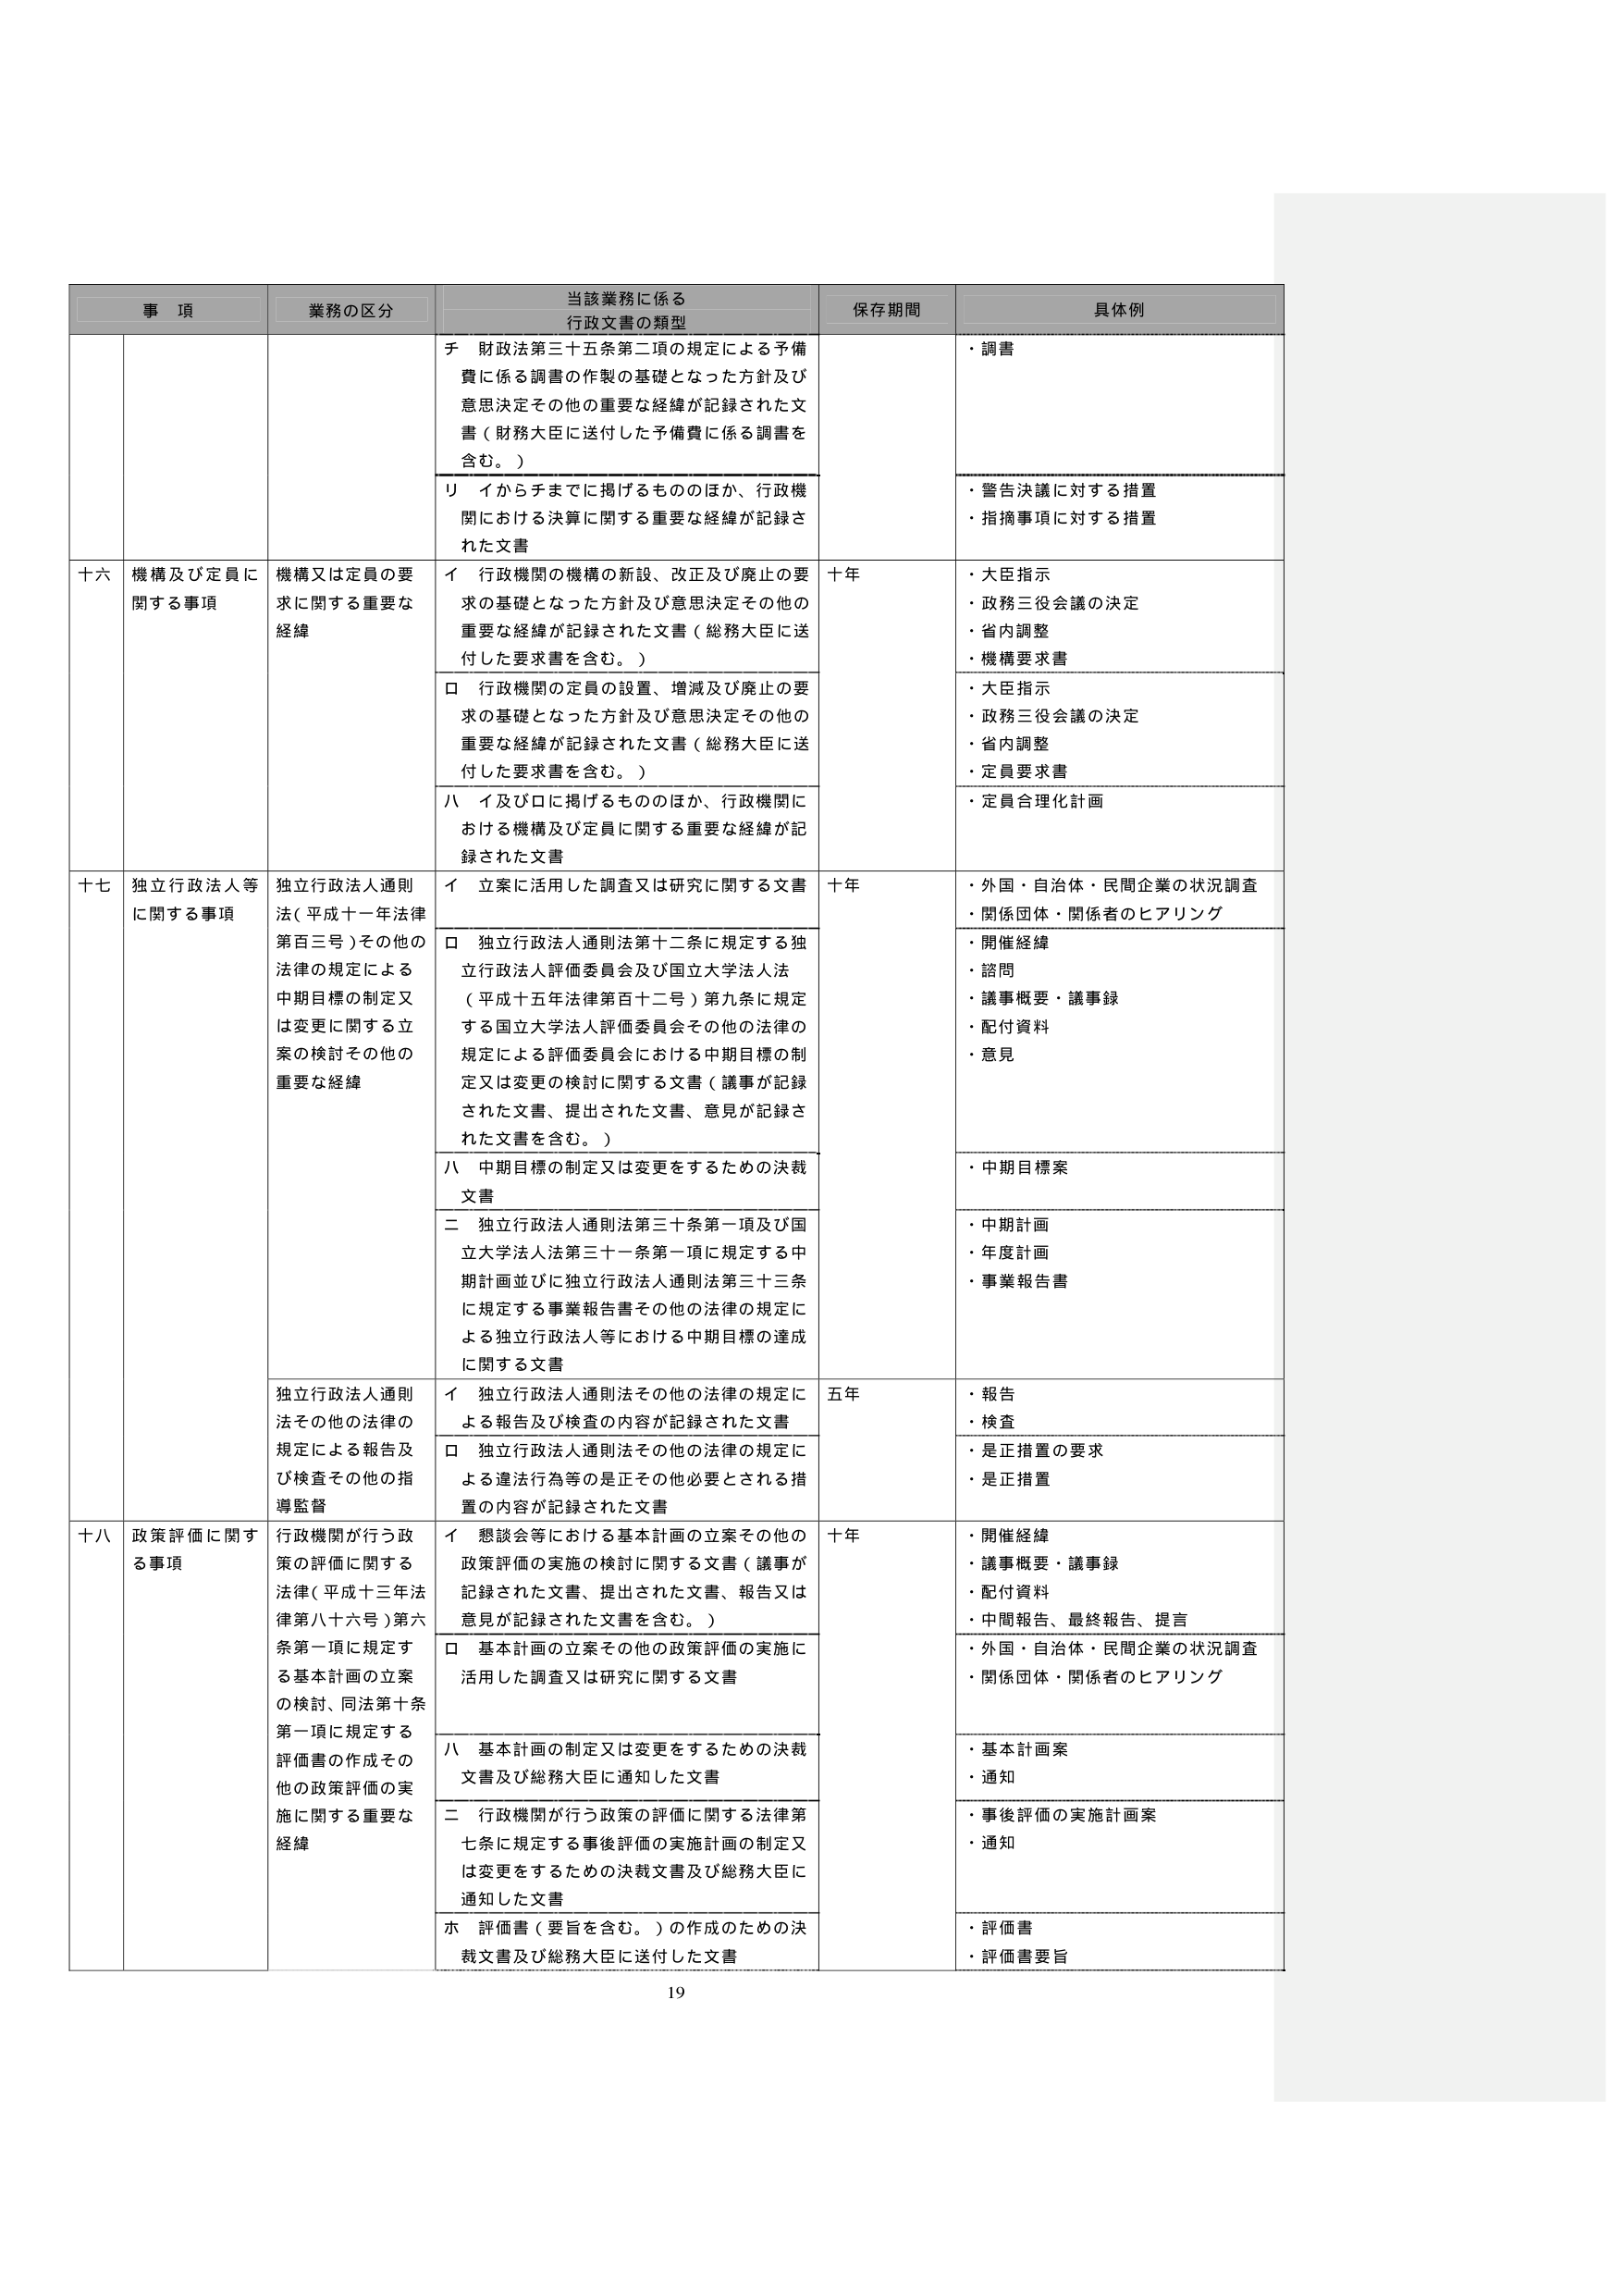
事 項 業務の区分 当該業務に係る 行政文書の類型 保存期間 具体例 チ 財政法第三十五条第二項の規定による予備 費に係る調書の作製の基礎となった方針及び 意思決定その他の重要な経緯が記録された文 書（財務大臣に送付した予備費に係る調書を 含む。） ・調書 リ イからチまでに掲げるもののほか、行政機 関における決算に関する重要な経緯が記録さ れた文書 ・警告決議に対する措置 ・指摘事項に対する措置 十六 機構及び定員に 関する事項 機構又は定員の要 求に関する重要な 経緯 イ 行政機関の機構の新設、改正及び廃止の要 求の基礎となった方針及び意思決定その他の 重要な経緯が記録された文書（総務大臣に送 付した要求書を含む。） 十年 ・大臣指示 ・政務三役会議の決定 ・省内調整 ・機構要求書 ロ 行政機関の定員の設置、増減及び廃止の要 求の基礎となった方針及び意思決定その他の 重要な経緯が記録された文書（総務大臣に送 付した要求書を含む。） ・大臣指示 ・政務三役会議の決定 ・省内調整 ・定員要求書 ハ イ及びロに掲げるもののほか、行政機関に おける機構及び定員に関する重要な経緯が記 録された文書 ・定員合理化計画 十七 独立行政法人等 に関する事項 独立行政法人通則 法（平成十一年法律 第百三号）その他の 法律の規定による 中期目標の制定又 は変更に関する立 案の検討その他の 重要な経緯 イ 立案に活用した調査又は研究に関する文書 十年 ・外国・自治体・民間企業の状況調査 ・関係団体・関係者のヒアリング ロ 独立行政法人通則法第十二条に規定する独 立行政法人評価委員会及び国立大学法人法 （平成十五年法律第百十二号）第九条に規定 する国立大学法人評価委員会その他の法律の 規定による評価委員会における中期目標の制 定又は変更の検討に関する文書（議事が記録 された文書、提出された文書、意見が記録さ れた文書を含む。） ・開催経緯 ・諮問 ・議事概要・議事録 ・配付資料 ・意見 ハ 中期目標の制定又は変更をするための決裁 文書 ・中期目標案 二 独立行政法人通則法第三十条第一項及び国 立大学法人法第三十一条第一項に規定する中 期計画並びに独立行政法人通則法第三十三条 に規定する事業報告書その他の法律の規定に よる独立行政法人等における中期目標の達成 に関する文書 ・中期計画 ・年度計画 ・事業報告書 独立行政法人通則 法その他の法律の 規定による報告及 び検査その他の指 導監督 イ 独立行政法人通則法その他の法律の規定に よる報告及び検査の内容が記録された文書 五年 ・報告 ・検査 ロ 独立行政法人通則法その他の法律の規定に よる違法行為等の是正その他必要とされる措 置の内容が記録された文書 ・是正措置の要求 ・是正措置 十八 政策評価に関す る事項 行政機関が行う政 策の評価に関する 法律（平成十三年法 律第八十六号）第六 条第一項に規定す る基本計画の立案 の検討、同法第十条 第一項に規定する 評価書の作成その 他の政策評価の実 施に関する重要な 経緯 イ 懇談会等における基本計画の立案その他の 政策評価の実施の検討に関する文書（議事が 記録された文書、提出された文書、報告又は 意見が記録された文書を含む。） 十年 ・開催経緯 ・議事概要・議事録 ・配付資料 ・中間報告、最終報告、提言 ロ 基本計画の立案その他の政策評価の実施に 活用した調査又は研究に関する文書 ・外国・自治体・民間企業の状況調査 ・関係団体・関係者のヒアリング ハ 基本計画の制定又は変更をするための決裁 文書及び総務大臣に通知した文書 ・基本計画案 ・通知 二 行政機関が行う政策の評価に関する法律第 七条に規定する事後評価の実施計画の制定又 は変更をするための決裁文書及び総務大臣に 通知した文書 ・事後評価の実施計画案 ・通知 ホ 評価書（要旨を含む。）の作成のための決 裁文書及び総務大臣に送付した文書 ・評価書 ・評価書要旨 19